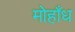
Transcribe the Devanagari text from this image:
मोहाँध